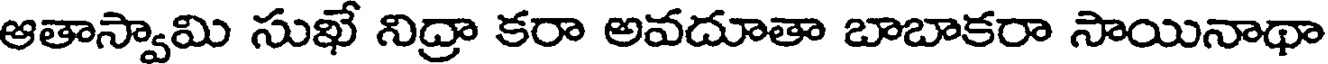
ఆతాస్వామి సుఖే నిద్రా కరా అవదూతా బాబాకరా సాయినాథా